Vaccination in the Punjab 1897-1904 - 1897-1904
Year: 1897
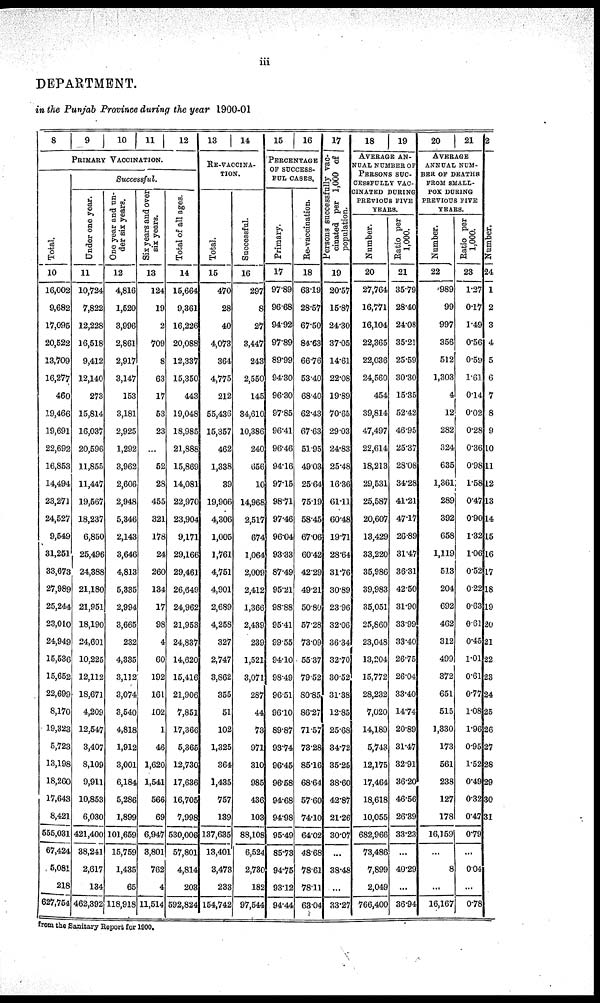
iii
DEPARTMENT.
in the Punjab Province during the year 1900-01
8
9
10
11
12
PRIMARY VACCINATION.
Total.
10
16,002
9,682
17,095
20,522
13,709
16,277
460
19,466
19,691
22,692
16,853
14,494
23,271
24,527
9,549
31,251
33,673
27,989
25,244
23,010
24,949
15,536
15,652
22,699
8,170
19,323
5,723
13,198
18,260
17,643
8,421
555,031
67,424
5,081
218
627,754
Successful.
Under one year.
11
10,724
7,822
12,228
16,518
9,412
12,140
273
15,814
16,037
20,596
11,855
11,447
19,567
18,237
6,850
25,496
24,388
21,180
21,951
18,190
24,601
10,225
12,112
18,671
4,209
12,547
3,407
8,109
9,911
10,853
6,030
421,400
38,241
2,617
134
462,392
One year and un-
der six years.
12
4,816
1,520
3,996
2,861
2,917
3,147
153
3,181
2,925
1,292
3,962
2,606
2,948
5,346
2,143
3,646
4,813
5,335
2,994
3,665
232
4,335
3,112
3,074
3,540
4,818
1,912
3,001
6,184
5,286
1,899
101,659
15,759
1,435
65
118,918
Six years and over
six years.
13
124
19
2
709
8
63
17
53
23
...
52
28
455
321
178
24
260
134
17
98
4
60
192
161
102
1
46
1,620
1,541
566
69
6,947
3,801
762
4
11,514
Total of all ages.
14
15,664
9,361
16,226
20,088
12,337
15,350
443
19,048
18,985
21,888
15,869
14,081
22,970
23,904
9,171
29,166
29,461
26,649
24,962
21,953
24,837
14,620
15,416
21,906
7,851
17,366
5,365
12,730
17,636
16,705
7,998
530,006
57,801
4,814
203
592,824
13
14
RE-VACCINA¬
TION.
Total.
15
470
28
40
4,073
364
4,775
212
55,436
15,357
462
1,338
39
19,906
4,306
1,005
1,761
4,751
4,901
2,689
4,258
327
2,747
3,862
355
51
102
1,325
364
1,435
757
139
137,635
13,401
3,473
233
154,742
Successful.
16
297
8
27
3,447
243
2,550
145
34,610
10,386
240
656
10
14,968
2,517
674
1,064
2,009
2,412
1,366
2,439
239
1,521
3,071
287
44
73
971
310
985
436
103
88,108
6,524
2,730
182
97,544
15
16
PERCENTAGE
OF SUCCESS-
--- CASES.
Primary.
17
97.89
96.68
94.92
97.89
89.99
94.30
96.30
97.85
96.41
96.46
94.16
97.15
98.71
97.46
96.04
93.33
87.49
95.21
98.88
95.41
99.55
94.10
98.49
96.51
96.10
89.87
93.74
96.45
96.58
94.68
94.98
95.49
85.73
94.75
93.12
94.44
Re-vaccination.
18
63.19
28.57
67.50
84.63
66.76
53.40
68.40
62.43
67.63
51.95
49.03
25.64
75.19
58.45
67.06
60.42
42.29
49.21
50.80
57.28
73.09
55.37
79.52
80.85
86.27
71.57
73.28
85.16
68.64
57.60
74.10
64.02
48.68
78.61
78.11
63.04
17
Persons successfully vac-
cinated per 1,000 of
population.
19
20.57
15.87
24.30
37.05
14.61
22.08
19.89
70.65
29.03
24.83
25.48
16.36
61.11
60.48
19.71
28.64
31.76
30.89
23.96
32.06
36.34
32.70
30.52
31.38
12.85
25.68
34.72
35.25
38.60
42.87
21.26
30.07
...
38.48
...
33.27
18
19
AVERAGE AN¬
---- NUMBER OF
PERSONS SUC¬
--------- VAC-
------- DURING
PREVIOUS FIVE
YEARS.
Number.
20
27,764
16,771
16,104
22,365
22,036
24,560
454
39,814
47,497
22,614
18,213
29,531
25,587
20,607
13,429
33,220
35,986
39,983
35,051
25,860
23,048
13,204
15,772
28,232
7,020
14,189
5,743
12,175
17,464
18,618
10,055
682,966
73,486
7,899
2,049
766,400
Ratio per
1,000.
21
35.79
28.40
24.08
35.21
25.59
30.30
15.35
52.42
46.95
25.37
28.08
34.28
41.21
47.17
26.89
31.47
36.31
42.50
31.90
33.99
33.40
26.75
26.04
33.40
14.74
20.89
31.47
32.91
36.20
46.56
26.39
33.23
...
40.29
...
36.94
20
21
AVERAGE
ANNUAL NUM-
--- OF DEATHS
FROM SMALL-
--- DURING
PREVIOUS FIVE
YEARS.
Number.
22
989
99
997
356
512
1,303
4
12
282
324
635
1,361
289
392
658
1,119
513
204
692
462
312
499
372
651
515
1,330
173
561
238
127
178
16,159
...
8
...
16,167
Ratio per
1,000.
23
1.27
0.17
1.49
0.56
0.59
1.61
0.14
0.02
0.28
0.36
0.98
1.58
0.47
0.90
1.32
1.06
0.52
0.22
0.63
0.61
0.45
1.01
0.61
0.77
1.08
1.96
0.95
1.52
0.49
0.32
0.47
0.79
...
0.04
...
0.78
22
Number.
24
1
2
3
4
5
6
7
8
9
10
11
12
13
14
15
16
17
18
19
20
21
22
23
24
25
26
27
28
29
30
31
from the Sanitary Report for 1000.